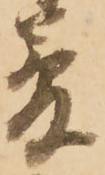
夢